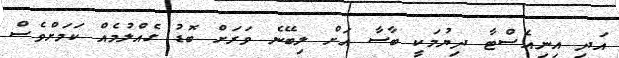
އަދި އިނިއެސްޓާ ދިޔުމަކީ ބާސާ އަށް ލިބޭނެ ވަރަށް ބޮޑު ގެއްލުމެއް ކަމަށްވެސް